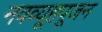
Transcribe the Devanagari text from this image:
नवव्यूहपूजन